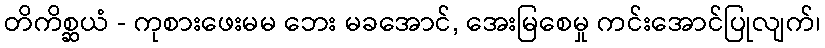
တိကိစ္ဆယံ - ကုစားဖေးမမ ဘေး မခအောင်, အေးမြစေမှု ကင်းအောင်ပြုလျက်၊